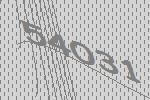
54031